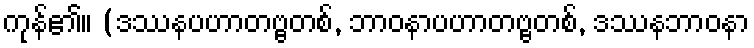
ကုန်၏။ (ဒဿနပဟာတဗ္ဗတစ်, ဘာဝနာပဟာတဗ္ဗတစ်, ဒဿနဘာဝနာ